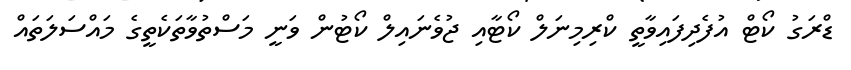
ޑްރަގު ކޯޓް އުފެދިފައިވާތީ ކްރިމިނަލް ކޯޓާއި ޖުވެނައިލް ކޯޓުން ވަނީ މަސްތުވާތަކެތީގެ މައްސަލަތައް